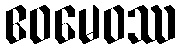
ဧဝမေဝဿ